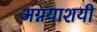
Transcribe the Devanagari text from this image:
अग्नयाशयी